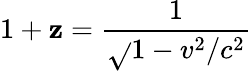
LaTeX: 1+\mathbf{z}={\frac{{1}}{{\sqrt{}{{1-v^{2}/c^{2}}}}}}